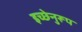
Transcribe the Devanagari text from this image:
इच्छेनुरूप